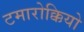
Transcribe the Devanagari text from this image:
टमारोक्कियो